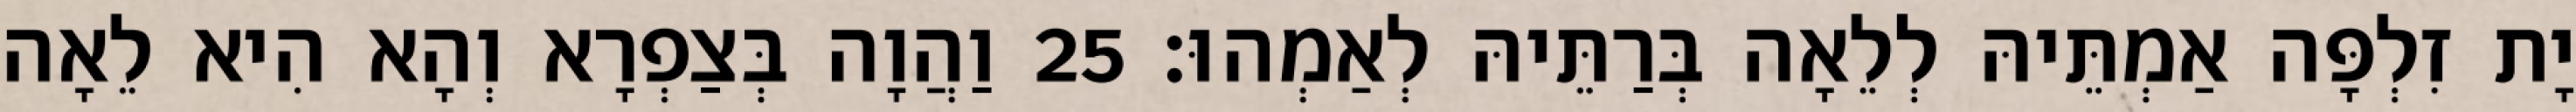
יָת זִלְפָּה אַמְתֵּיהּ לְלֵאָה בְּרַתֵּיהּ לְאַמְהוּ׃ 25 וַהֲוָה בְּצַפְרָא וְהָא הִיא לֵאָה